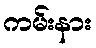
ကမ်းနား